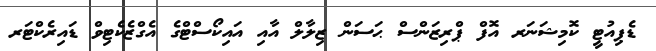
ޑެޕިއުޓީ ކޮމިޝަނަރ އޮފް ޕްރިޒަންސް ޙަސަން ޒިލާލް އާއި އައިކޯސްޓްގެ އެގްޒެކެޓިވް ޑައިރެކްޓަރ